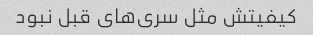
کیفیتش مثل سری‌های قبل نبود